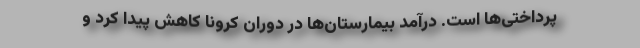
پرداختی‌ها است. درآمد بیمارستان‌ها در دوران کرونا کاهش پیدا کرد و